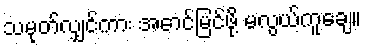
သမုတ်လျှင်ကား အောင်မြင်ဖို့ မလွယ်ကူချေ။